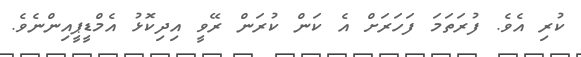
ކުރި އެވެ. ފުރަތަމަ ފަހަރަށް އެ ކަން ކުރަން ރޭވީ އިދިކޮޅު އެމްޑީޕީއިންނެވެ.